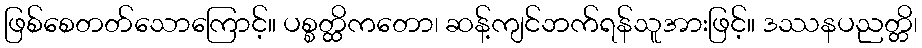
ဖြစ်စေတတ်သောကြောင့်။ ပစ္စတ္ထိကတော၊ ဆန့်ကျင်ဘက်ရန်သူအားဖြင့်။ ဒဿနပညတ္တိ၊